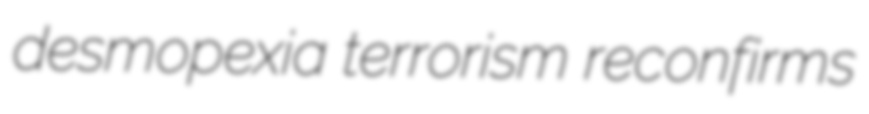
desmopexia terrorism reconfirms